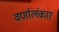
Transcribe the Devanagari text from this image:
वर्णालंकार